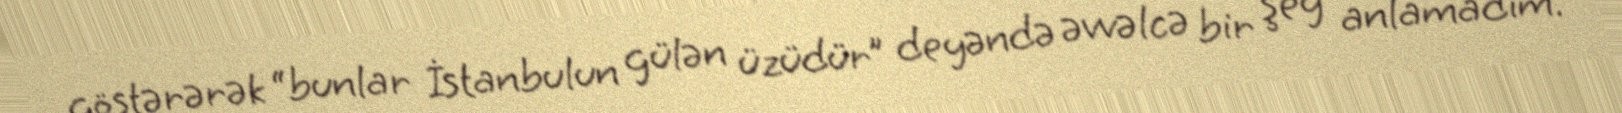
göstərərək “bunlar İstanbulun gülən üzüdür” deyəndə əvvəlcə bir şey anlamadım.